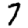
Digit: 7